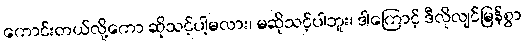
ကောင်းတယ်လို့ကော ဆိုသင့်ပါ့မလား၊ မဆိုသင့်ပါဘူး၊ ဒါကြောင့် ဒီလိုလျင်မြန်စွာ